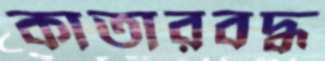
কাতারবদ্ধ